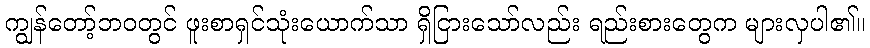
ကျွန်တော့်ဘဝတွင် ဖူးစာရှင်သုံးယောက်သာ ရှိငြားသော်လည်း ရည်းစားတွေက များလှပါ၏။